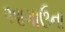
આગાઉના